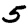
Digit: 5